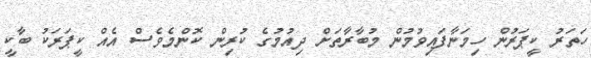
ހަތަރު ކީޕަރުން ހިމަނާފައިވުމުން މުބާރާތަށް ދިއުމުގެ ކުރިން ކޮންމެވެސް އެއް ކީޕަރަކު ބާކީ